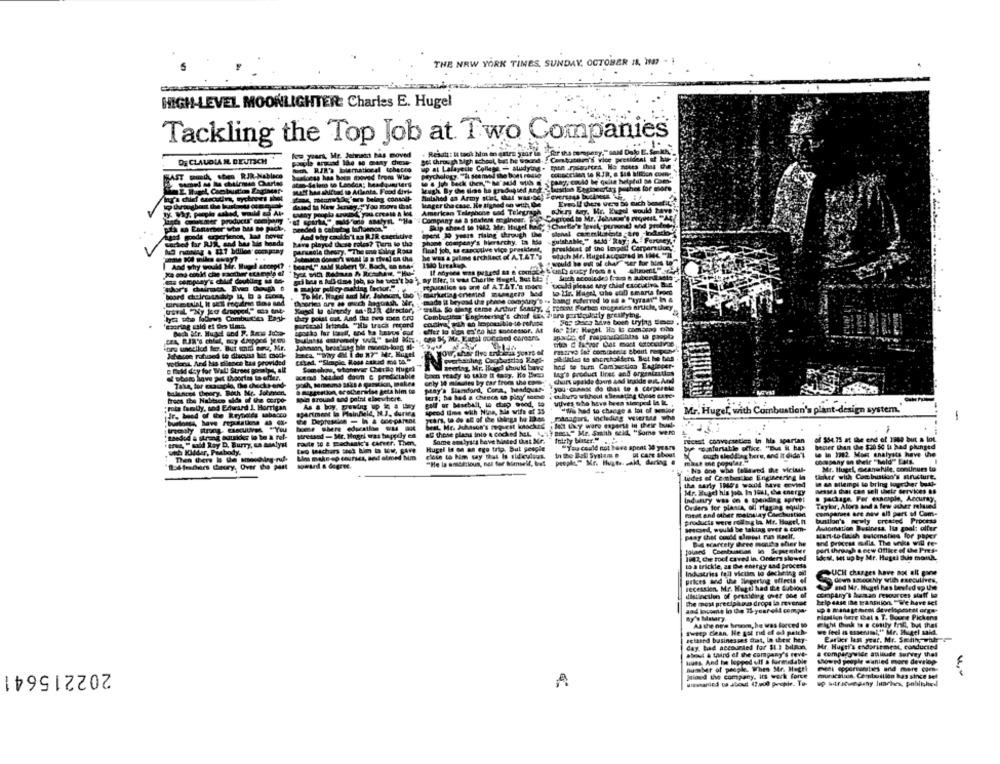
THE NEW YORK TIMES. SUNDAY, OCTOBER IN IO -
HIGH-LEVEL MOONLIGHTER: Charles E. Hugel
Tackling the Top Job at. Two Companies
OG CLAUDIA ML DEUTSCH
the chouk bare
hnd to turn Comauction Eagleper-
lag's product lines and organization
chart upside doors And inside out And
de out And
ora, headquar- you-canse do that to & Corporate
ca u play scene
uulves who have been sierped la iz ..
"We had to change a lot of semlor
Mr. Hugel, with Combustion's plant-design system.
Panagars, Including Viertes whe
-
cocked hel 4,4)- pes1," Mr. Smith sell, "Some wem
Then
thisted Ut Mr.
recent conversation
hla spartan
of $54.75 at the end of 1964 but a lot
Sac
trip. But sesgle
"yay could not have spent 30 yeszw
"confortable uffke. "But IL has
beuler Chian the $20 50 la had phinged
Mm
In the Ball System . DL Care BAHN
ouch sledding tiers, and it didn't
se in 1982. Must analysts have the
company in their " hold"" Lats.
Mr. Hugel, meanwhile, continues to
. No one who fellewed the viciall-
tides of Ceosbas loc Engineering In
toker with Continuation's structure.
in an silempe to bring lograr best-
messes that can sell their Services as
Mr. Hugel his job In 1061, Che energy
@ package. For example, Accuray.
Industry was on . tparking apreet
Taylor, Alors and a few other related
Ouders for planla, of riaging equip
meat and other moinslay Carchustion
companies are now all port of Com-
products were rolling la Mr. Hagel, ht
bustion's newly created Process
souce, would be taking over & com-
Automation Business, Ila goal: alter
start-to-finish solomatins for paper
DA scarcely Diese monito sher he
and process .die The unks will fe-
por thrush & new Office of De Pres-
1942, che tool caved in. Onders slowed
Idem, set up by Mr. Hugel this mouk.
to a trickle, an De energy and process
DUCH changes have not alt gone
urkes and the lingering effects of
IEcession. Mr. Hugei had the dubious
dem smoothly with executives,
and Mr. Hugel has beefed op tare
distinction of presiding over poe of
company's baan resources stuff lo
the most precipinas drops la reverse
belp case the transition. " Wehave set
and locome in the 26-year-old compa.
Boy's Matary
Flgation berg bat & T. Boone Pickens
As the one broom, he was forced 10
Fighi think to a costly frail. byt that
sweep Cean. He got rid of od patch-
we feel as assenamel," Mr. Hugel said.
setased businesses frat, In these hey-
Earlier last year, Mr. Smith, wolr
day, bad accounted for $1 3 billion.
Mr. Huger's endarsemest, conducted
& company wide attitude Survey that
Hues And te lopped ulf & formidable
boyle wanted more develop.
202215641
number of people. When Mr. Hegel
u.
Jaiand the company, its work force
munichlius Combustion has since Be
A
Wirwanted to about 47.400 people. To-